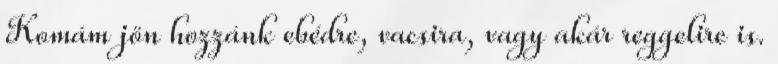
Komám jön hozzánk ebédre, vacsira, vagy akár reggelire is.